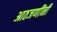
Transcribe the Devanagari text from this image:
आठजणींनी